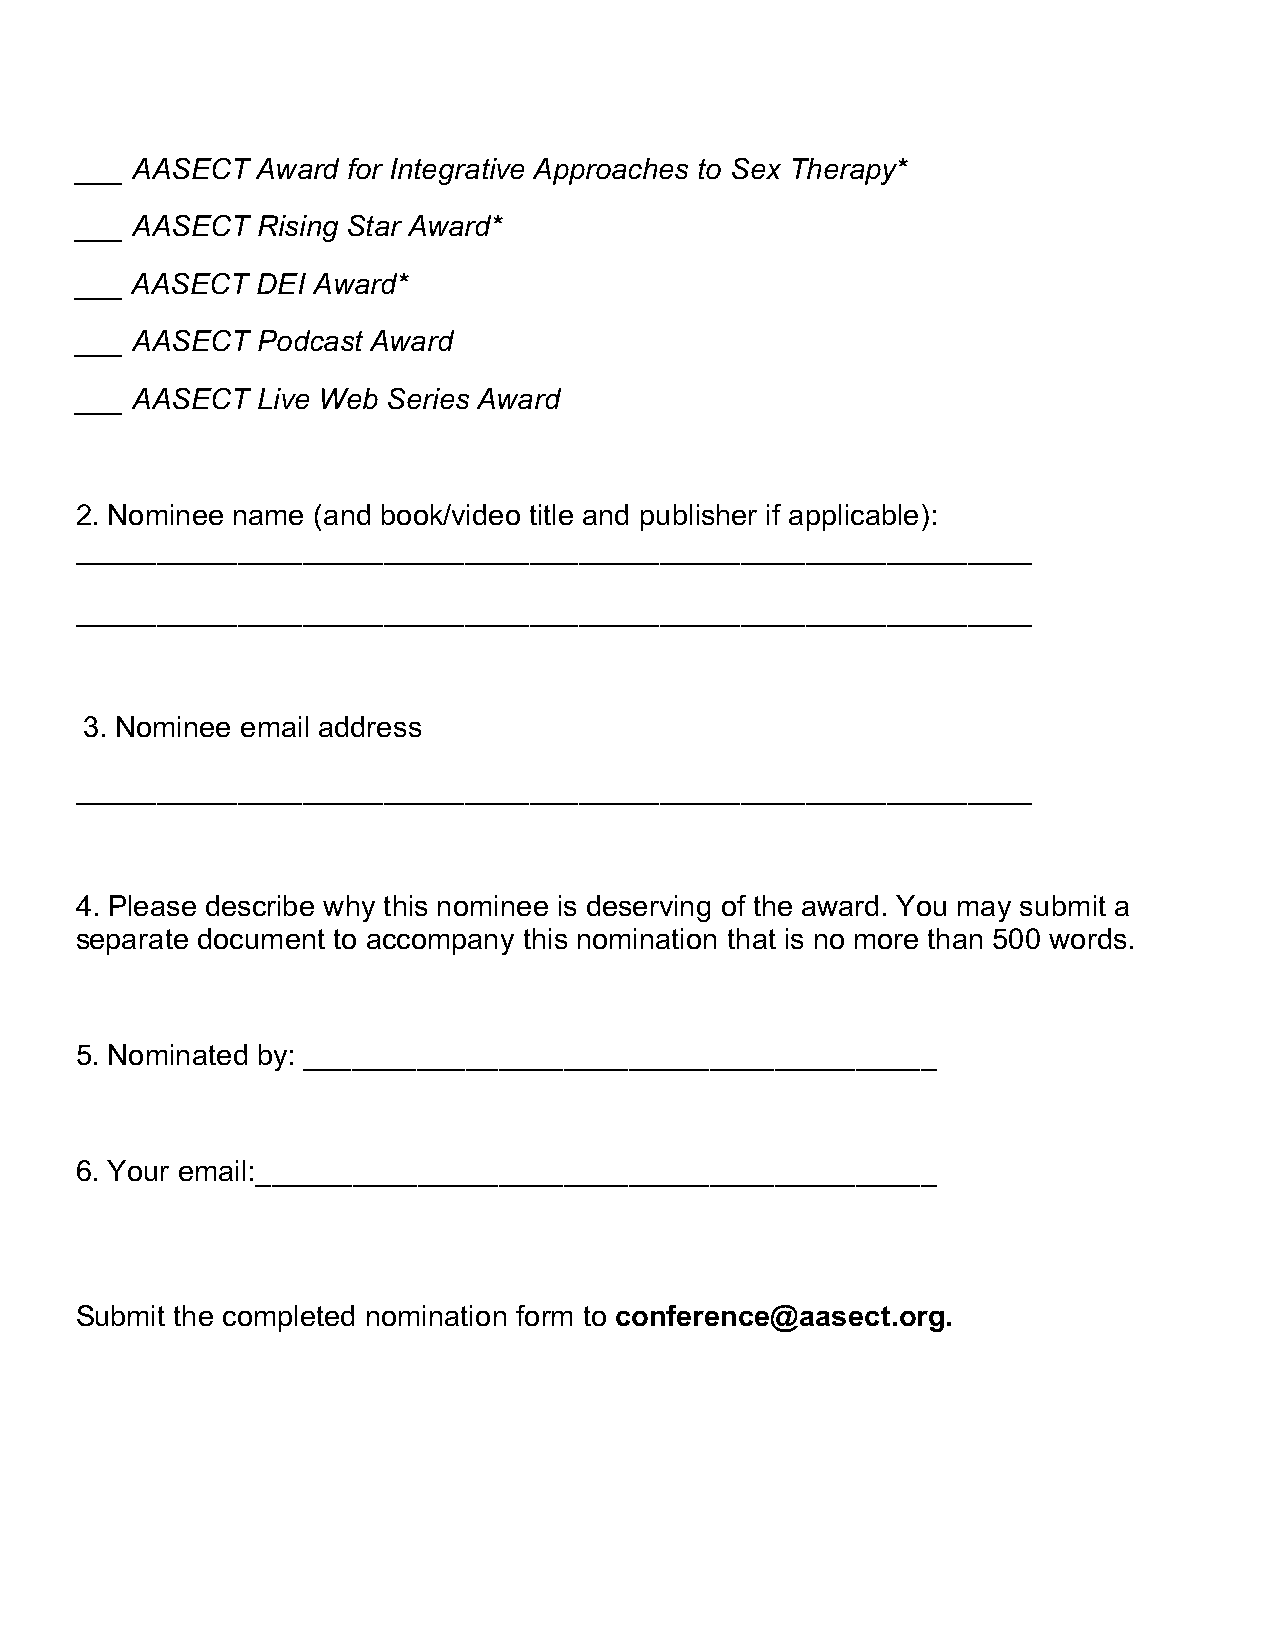
___ AASECT  Award for Integrative Approaches to Sex Therapy*
 ___ AASECT  Rising Star Award*
 ___ AASECT  DEI Award*
 ___ AASECT  Podcast Award
 ___ AASECT  Live Web Series Award
 2. Nominee name (and book/video title and publisher if applicable):
 ___________________________________________________________
 ___________________________________________________________
 3. Nominee email address
 ___________________________________________________________
 4. Please describe why this nominee is deserving of the award. You may submit a
 separate document to accompany this nomination that is no more than 500 words.
 5. Nominated by: _______________________________________
 6. Your email:__________________________________________
 Submit the completed nomination form to conference@aasect.org.